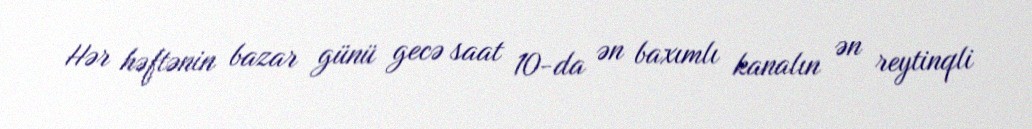
Hər həftənin bazar günü gecə saat 10-da ən baxımlı kanalın ən reytinqli